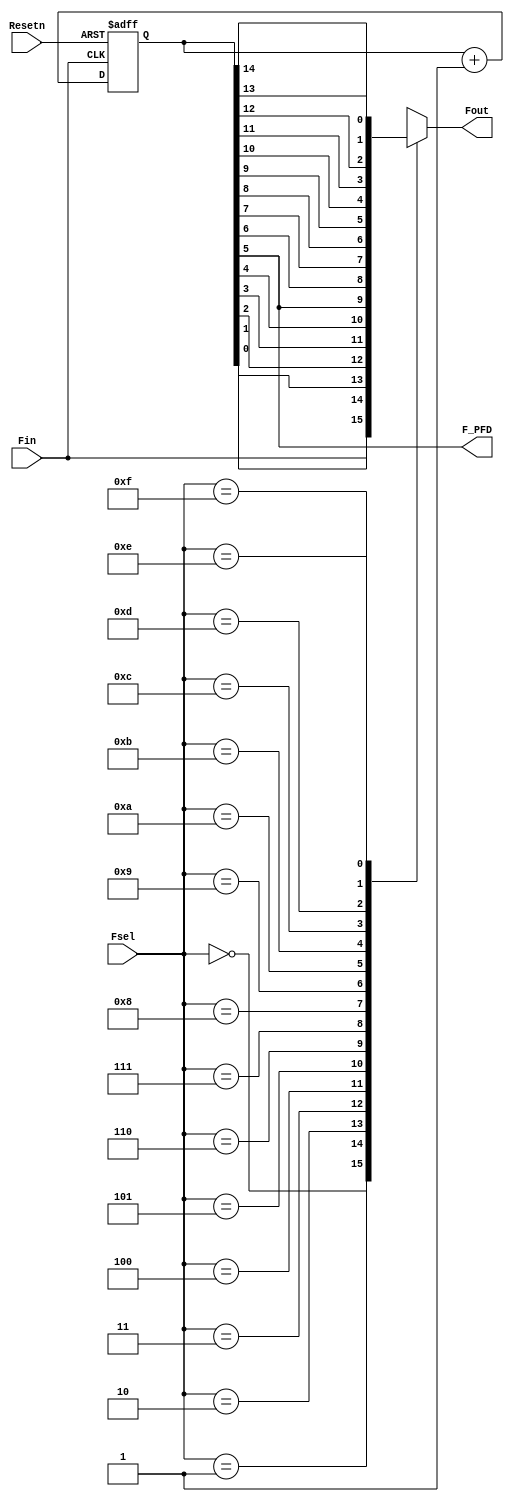
//Verilog HDL for "BioZ_EMG_Model", "BioZ_PLL_FD" "functional"
//Frequency Divider

module BioZ_PLL_FD (Fin,  //Input frequency from the VCO
Fsel, // 16-1 Mux selector (4 bits)
Resetn, 
Fout,  //Mux output
F_PFD
);

//inputs
input Fin; // This is the VCO output clock. Fin = 32 MHz when the PLL is locked
input [3:0] Fsel;
input Resetn;

//outputs
output reg Fout;
output F_PFD; // This is a divider output clock which goes to the Phase & Freq. Detector. When locked, this freq = 500 kHz 

//div by 2 register of size 15 (input frequency Fin will be appended so that there are 16 frecs!)
reg [14:0] divider;

wire F_PFD; // Reference for the PFD Div-by-32

// F_PFD is the clock signal that is compared with the reference frequency at the Phase-Freq detector
// The reference clock is 500 kHz. 
assign F_PFD = divider[5]; 

always @(posedge Fin, negedge Resetn)
begin
    if (Resetn == 0) begin
        divider <= 0;
    end else begin
        divider <= divider + 1;
    end
end

// MUX 16:1
always @(Fsel,divider,Fin)
begin
    case (Fsel)
        4'b0000: Fout = Fin;        //  32 MHz
        4'b0001: Fout = divider[0]; //  16 MHz
        4'b0010: Fout = divider[1]; //  8 MHz
        4'b0011: Fout = divider[2]; //  4 MHz
        4'b0100: Fout = divider[3]; //  2 MHz
        4'b0101: Fout = divider[4]; //  1 MHz
        4'b0110: Fout = divider[5]; //  500 kHz (REFERENCE FOR THE PLL)
        4'b0111: Fout = divider[6]; //  250 kHz
        4'b1000: Fout = divider[7]; //  125 kHz
        4'b1001: Fout = divider[8]; //  62500 Hz
        4'b1010: Fout = divider[9]; //  31250 Hz
        4'b1011: Fout = divider[10]; // 15625 Hz
        4'b1100: Fout = divider[11]; //  7812.5 Hz 
        4'b1101: Fout = divider[12]; //  3906.25 Hz
        4'b1110: Fout = divider[13]; //  1952.125 Hz
        4'b1111: Fout = divider[14]; //   976.5625 Hz
        default: Fout = Fin;
    endcase
end
    

endmodule